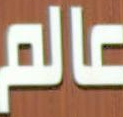
عالم